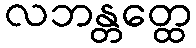
လဘန္တတ္ထေ